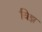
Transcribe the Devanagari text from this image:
विझ